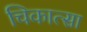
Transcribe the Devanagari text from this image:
चिकात्सा